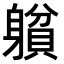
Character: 𨉺